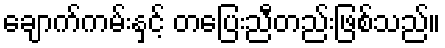
ချောက်ကမ်းနှင့် တပြေးညီတည်းဖြစ်သည်။